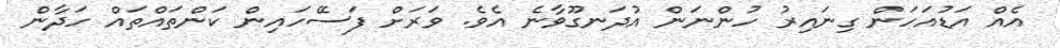
އެއް އަޑުއަހަން ގިނައިރު ހުންނަން އުދަނގޫވާނެ އެވެ. ވަރަށް ފަސޭހައިން ކަންތައްތައް ހަދާން